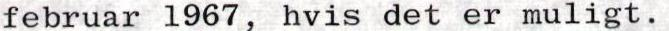
februar 1967, hvis det er muligt.